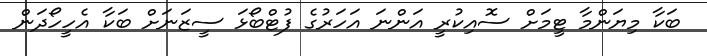
ބަކާ މިޔަންމާ ޓީމަށް ސޮއިކުރީ އަންނަ އަހަރުގެ ފުޓްބޯޅަ ސީޒަނަށް ބަކާ އެހީހޯދަން